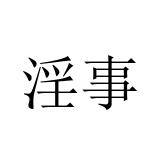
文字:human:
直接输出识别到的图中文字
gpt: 淫事